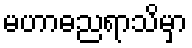
မဟာဓညရာသိမှာ